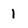
Character: 1